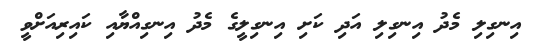
އިނގިލި މެދު އިނގިލި އަދި ކަށި އިނގިލީގެ މެދު އިނގިއްޔާއި ކައިރިއަށްވީ